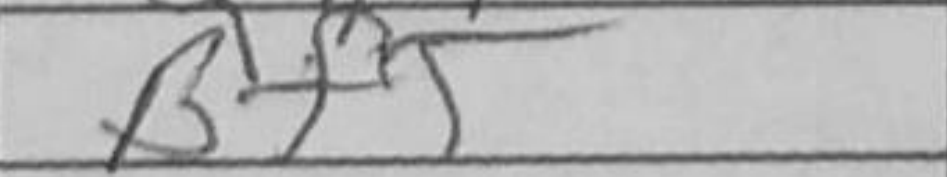
Transcription: Bf5